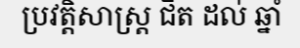
ប្រវត្តិសាស្ត្រ ជិត ដល់ ឆ្នាំ